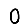
Digit: 0